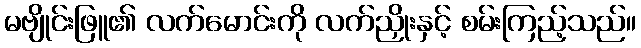
မဗျိုင်းဖြူ၏ လက်မောင်းကို လက်ညှိုးနှင့် စမ်းကြည့်သည်။